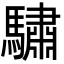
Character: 驌